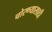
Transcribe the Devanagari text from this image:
चोरण्यासाठी